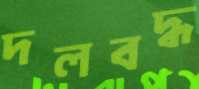
দলবদ্ধ